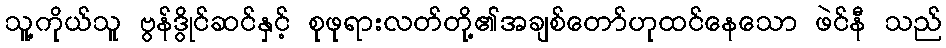
သူ့ကိုယ်သူ ဗွန်ဒွိုင်ဆင်နှင့် စုဖုရားလတ်တို့၏အချစ်တော်ဟုထင်နေသော ဖဲင်နီ သည်